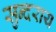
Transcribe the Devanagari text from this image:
सुन्दराय